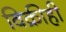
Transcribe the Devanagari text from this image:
विक्रीही